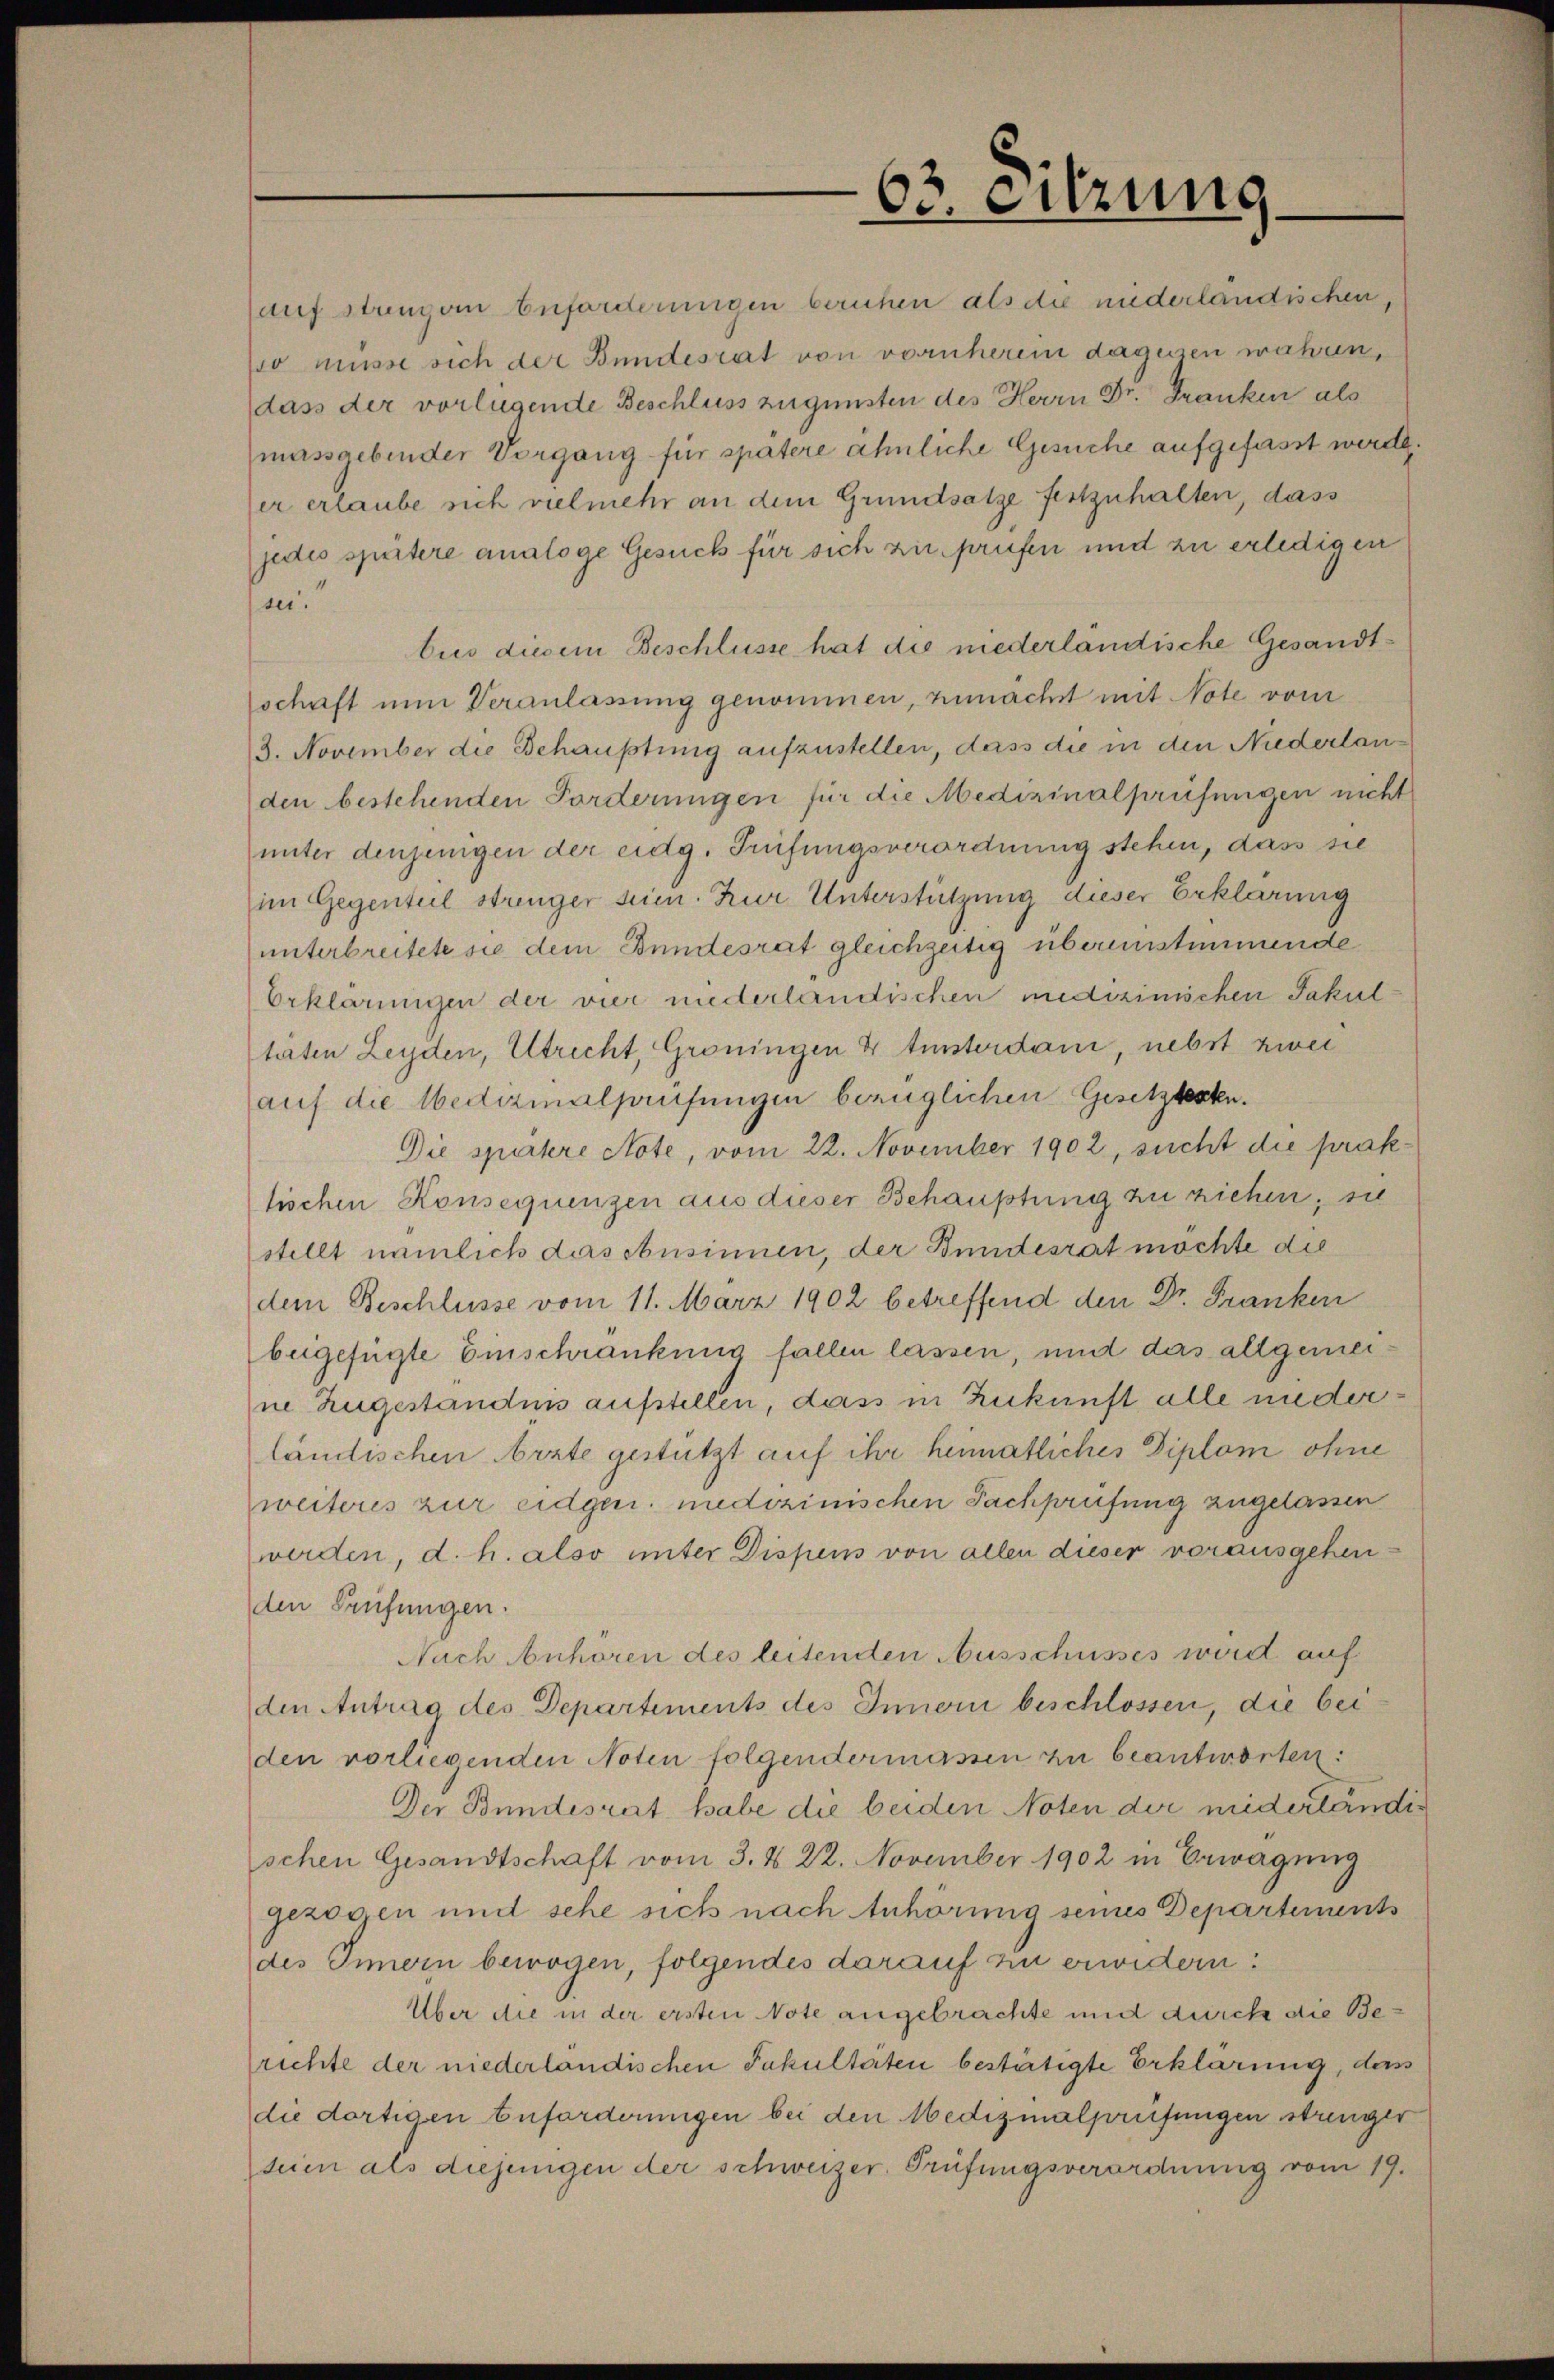
63. eitzung

auf strengen beforderungen beruhen als die niederländischen,
10 müsse sich der Bundesrat von vornherem dagegen wahren,
dass der vorliegende Beschluss zugunsten des Herrn Dr. Franken als
massgebinder Vorgang für spätere ähnliche Gesuche aufgefasst werde.
er erlaube sich vielmehr an dem Grundsatze festzuhalten, dass
jedes spätere analoge Gesuch für sich zu prüfen und zu erledigen
han
bus diesem Beschlüsse hat die niederländische Gesandtlschaft nun Veranlassung genommen, zunächst mit Note vom
3. November die Behauptung aufzustellen, dass die in den Niederlanden bestehenden Forderungen für die Medizinalprüfungen nicht
unter denjenigen der eidg. Prüfungsverordnung stehen, dass sie
im Gegenteil strenger sein. Zur Unterstützung dieser Erklärung
unterbreitete sie dem Bundesrat gleichzeitig übereinstimmende
Erklärungen der vier niederländischen medizinischen Fakultärten Leyden, Ultrecht, Gröningen 4 tisterdam, nebst zwei
auf die Medizinalprüfungen bezüglichen Gesetztesten.
Die spätere Note, vom 22. November 1902, sucht die prak-
tischen Konsequenzen aus dieser Behauptung zu ziehen, sie
stellt nämlich das Ansinnen, der Bundesrat möchte die
dem Beschlüsse vom 11. März 1902 betreffend den Dr. Franken
beigefügte Einschränkung fallen lassen, und das allgemeine Zugeständnis aufstellen, dass in Zukunft alle niederländischen Arzte gestützt auf ihr heimatliches Diplom ohne
weiteres zur eidgen. medizinischen Fachprüfung zugelassen
werden, d. h. also unter Dispens von allen dieser vorausgehenden Prüfungen.
Nach Anhören des leitenden Ausschusses wird auf
den Antrag des Departements des Innori beschlossen, die bei
den vorliegenden Noten folgendermassen zu beantworten:
Der Bundesrat habe die beiden Noten der niederländischen Gesandtschaft vom 3. & 22. November 1902 in Erwägung
gezogen und sehe sich nach Anhörung seines Departements
des Innern bewogen, folgendes darauf sie erwidern:
Über die in der ersten Note angebrachte und durch die Berichte der niederländischen Fakultäten bestätigte Erklärung, das
die dortigen Zuforderungen bei den Medizinalprüfungen strenger
seien als diejenigen der schweizer. Prüfungsverordnung vom 19.